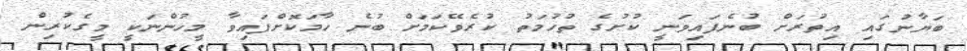
ބަޔާނުގައި އިތުރަށް ބުނެފައިވަނީ ކުށުގެ ތުހުމަތު ކުރެވޭކަމަށް ބުނެ ހާމަކޮށްފައިވާ މީހުންނަކީ މީގެކުރިން